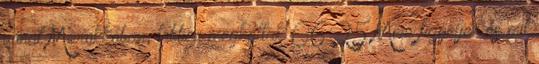
vonat Marokkóban, többen meghaltak 06:25 Mire figyeljen és mit